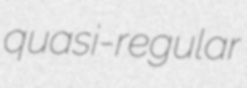
quasi-regular